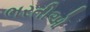
ભરતીઓ